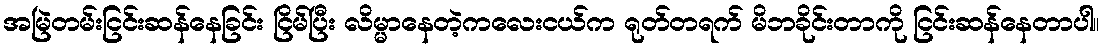
အမြဲတမ်းငြင်းဆန်နေခြင်း ငြိမ်ပြီး လိမ္မာနေတဲ့ကလေးငယ်က ရုတ်တရက် မိဘခိုင်းတာကို ငြင်းဆန်နေတာပါ။